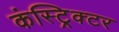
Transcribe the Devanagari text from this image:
कंस्ट्रिक्टर